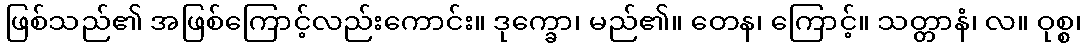
ဖြစ်သည်၏ အဖြစ်ကြောင့်လည်းကောင်း။ ဒုက္ခော၊ မည်၏။ တေန၊ ကြောင့်။ သတ္တာနံ၊ လ။ ဝုစ္စ၊